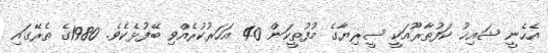
އެހެނީ ޝައިޚު ކަފުތާރޫއަކީ ސީރިޔާގެ މުފުތީކަން 40 އަހަރުކުރެއްވި ބޭފުޅެކެވެ. 1980ގެ ތެރޭގައި